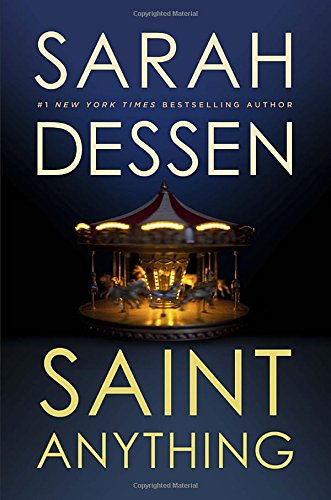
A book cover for Saint Anything; Sarah Dessen; Teen & Young Adult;